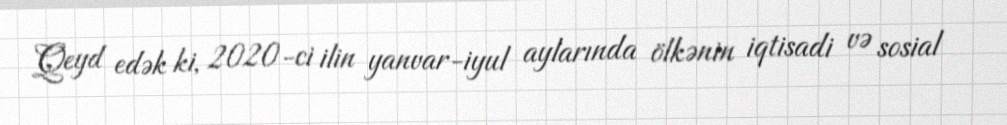
Qeyd edək ki, 2020-ci ilin yanvar-iyul aylarında ölkənin iqtisadi və sosial